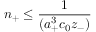
n _ { + } \le \frac { 1 } { ( a _ { + } ^ { 3 } c _ { 0 } z _ { - } ) }